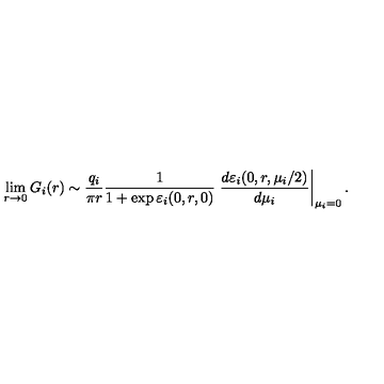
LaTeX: \lim _ { r \rightarrow 0 } G _ { i } ( r ) \sim \frac { q _ { i } } { \pi r } \frac { 1 } { 1 + \exp \varepsilon _ { i } ( 0 , r , 0 ) } \left. \frac { d \varepsilon _ { i } ( 0 , r , \mu _ { i } / 2 ) } { d \mu _ { i } } \right\vert _ { \mu _ { i } = 0 } .